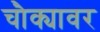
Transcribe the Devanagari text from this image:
चौक्यावर